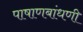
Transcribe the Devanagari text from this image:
पाषाणबांधणी